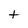
Character: t